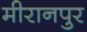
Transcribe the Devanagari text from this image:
मीरानपुर